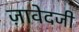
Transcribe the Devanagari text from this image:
ज़ावेदजी